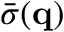
\bar { \sigma } ( \mathbf { q } )